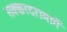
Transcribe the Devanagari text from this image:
सक्करदरामार्गे